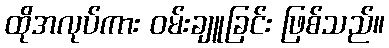
ထိုအလုပ်ကား ဝမ်းချူခြင်း ဖြစ်သည်။